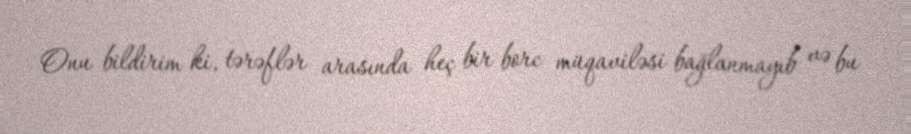
Onu bildirim ki, tərəflər arasında heç bir borc müqaviləsi bağlanmayıb və bu